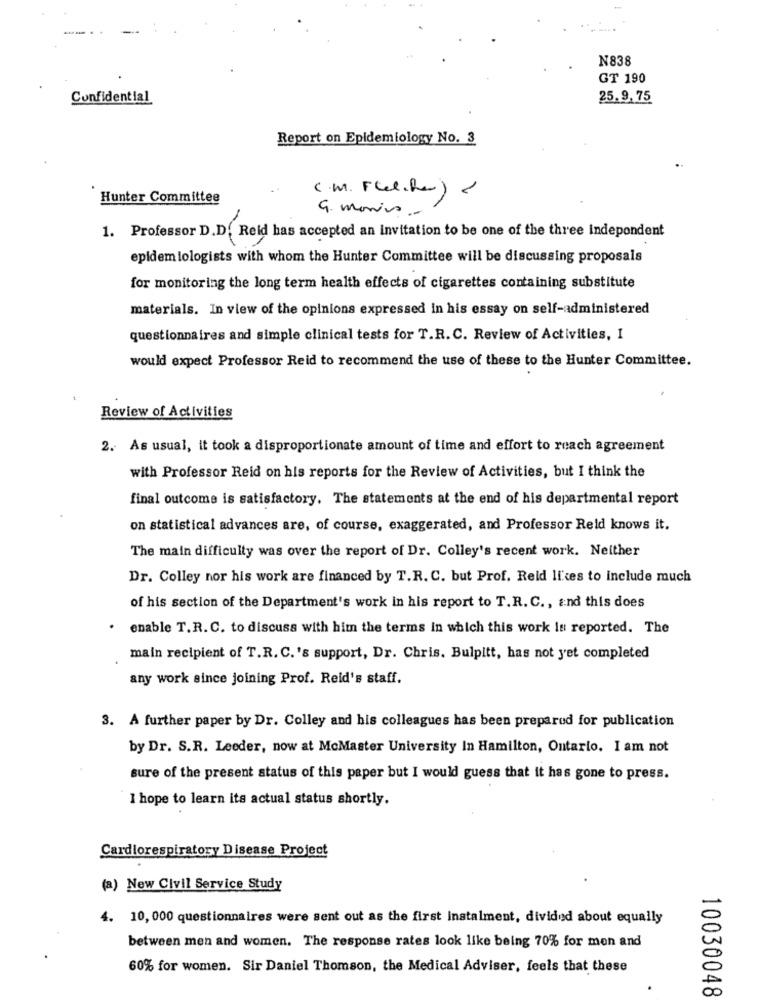
--.
N838
GT 190
Confidential
25.9.75
Report on Epidemiology No. 3
(.M.Flel.he)<
Hunter Committee
9. monios .-
1. Professor D.D. Reid has accepted an invitation to be one of the three Independent
epidem lologists with whom the Hunter Committee will be discussing proposals
for monitoring the long term health effects of cigarettes containing substitute
materials. In view of the opinions expressed in his essay on self-administered
questionnaires and simple clinical tests for T.R.C. Review of Activities, I
would expect Professor Reid to recommend the use of these to the Hunter Committee.
Review of Activities
2. As usual, it took a disproportionate amount of time and effort to reach agreement
with Professor Reid on his reports for the Review of Activities, but I think the
final outcome is satisfactory. The statements at the end of his departmental report
on statistical advances are, of course, exaggerated, and Professor Reld knows it.
The main difficulty was over the report of Dr. Colley's recent work. Neither
Dr. Colley nor his work are financed by T.R. C. but Prof. Reid lices to include much
of his section of the Department's work in his report to T.R. C ., and this does
enable T. R. C. to discuss with him the terms in which this work Is reported. The
main recipient of T.R. C.'s support, Dr. Chris. Bulpitt, has not yet completed
any work since joining Prof. Reid's staff.
3. A further paper by Dr. Colley and his colleagues has been prepared for publication
by Dr. S.R. Leeder, now at McMaster University In Hamilton, Ontario. I am not
sure of the present status of this paper but I would guess that it has gone to press.
I hope to learn its actual status shortly.
Cardiorespiratory Disease Project
(a) New Civil Service Study
4. 10, 000 questionnaires were sent out as the first Instalment, divided about equally
between men and women. The response rates look like being 70% for men and
60% for women. Sir Daniel Thomson, the Medical Adviser, feels that these
10030048